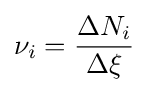
\nu _{i}={\frac {\Delta N_{i}}{\Delta \xi }}